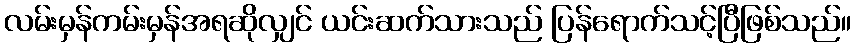
လမ်းမှန်ကမ်းမှန်အရဆိုလျှင် ယင်းဆက်သားသည် ပြန်ရောက်သင့်ပြီဖြစ်သည်။